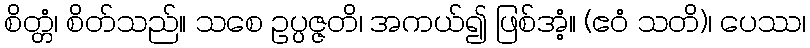
စိတ္တံ၊ စိတ်သည်။ သစေ ဥပ္ပဇ္ဇတိ၊ အကယ်၍ ဖြစ်အံ့။ (ဧဝံ သတိ)၊ ပေဿ၊